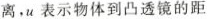
离，u表示物体到凸透镜的距